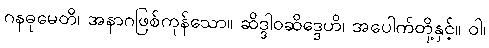
ဂနဓုမေတိ၊ အနာဂဖြစ်ကုန်သော။ ဆိဒ္ဒါဝဆိဒ္ဒေဟိ၊ အပေါက်တို့နှင့်။ ဝါ၊